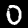
Label: 0